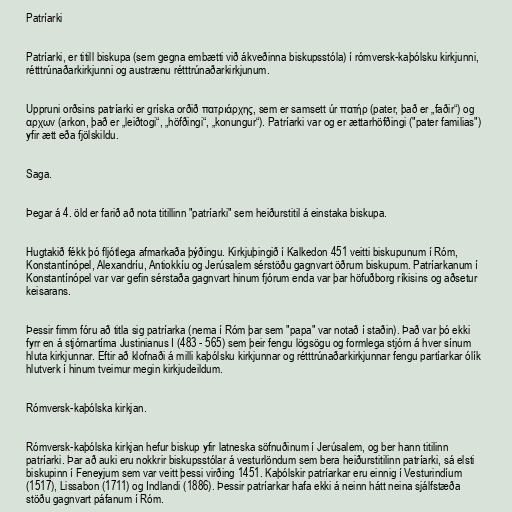
Patríarki

Patríarki, er titill biskupa (sem gegna embætti við ákveðinna biskupsstóla) í rómversk-kaþólsku kirkjunni,
rétttrúnaðarkirkjunni og austrænu rétttrúnaðarkirkjunum.

Uppruni orðsins patríarki er gríska orðið πατριάρχης, sem er samsett úr πατήρ (pater, það er „faðir“) og
αρχων (arkon, það er „leiðtogi“, „höfðingi“, „konungur“). Patríarki var og er ættarhöfðingi ("pater familias")
yfir ætt eða fjölskildu.

Saga.

Þegar á 4. öld er farið að nota titillinn "patríarki" sem heiðurstitil á einstaka biskupa.

Hugtakið fékk þó fljótlega afmarkaða þýðingu. Kirkjuþingið í Kalkedon 451 veitti biskupunum í Róm,
Konstantínópel, Alexandríu, Antiokkíu og Jerúsalem sérstöðu gagnvart öðrum biskupum. Patríarkanum í
Konstantínópel var var gefin sérstaða gagnvart hinum fjórum enda var þar höfuðborg ríkisins og aðsetur
keisarans.

Þessir fimm fóru að titla sig patríarka (nema í Róm þar sem "papa" var notað í staðin). Það var þó ekki
fyrr en á stjórnartíma Justinianus I (483 - 565) sem þeir fengu lögsögu og formlega stjórn á hver sínum
hluta kirkjunnar. Eftir að klofnaði á milli kaþólsku kirkjunnar og rétttrúnaðarkirkjunnar fengu partíarkar ólík
hlutverk í hinum tveimur megin kirkjudeildum.

Rómversk-kaþólska kirkjan.

Rómversk-kaþólska kirkjan hefur biskup yfir latneska söfnuðinum í Jerúsalem, og ber hann titilinn
patríarki. Þar að auki eru nokkrir biskupsstólar á vesturlöndum sem bera heiðurstitilinn patríarki, sá elsti
biskupinn í Feneyjum sem var veitt þessi virðing 1451. Kaþólskir patríarkar eru einnig í Vesturindíum
(1517), Lissabon (1711) og Indlandi (1886). Þessir patríarkar hafa ekki á neinn hátt neina sjálfstæða
stöðu gagnvart páfanum í Róm.